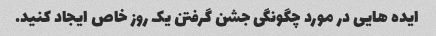
ایده هایی در مورد چگونگی جشن گرفتن یک روز خاص ایجاد کنید.